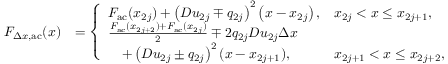
\begin{array} { r l } { F _ { \Delta x , \mathrm { a c } } ( x ) } & { = \left\{ \begin{array} { l l } { F _ { \mathrm { a c } } ( x _ { 2 j } ) + \left( D u _ { 2 j } \mp q _ { 2 j } \right) ^ { 2 } \left( x - x _ { 2 j } \right) , } & { x _ { 2 j } < x \leq x _ { 2 j + 1 } , } \\ { \frac { F _ { \mathrm { a c } } ( x _ { 2 j + 2 } ) + F _ { \mathrm { a c } } ( x _ { 2 j } ) } { 2 } \mp 2 q _ { 2 j } D u _ { 2 j } \Delta x } \\ { \quad + \left( D u _ { 2 j } \pm q _ { 2 j } \right) ^ { 2 } ( x - x _ { 2 j + 1 } ) , } & { x _ { 2 j + 1 } < x \leq x _ { 2 j + 2 } , } \end{array} \right. } \end{array}